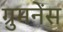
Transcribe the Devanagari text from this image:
ग्रुमनेंस